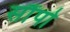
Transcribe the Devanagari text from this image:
सौंपो